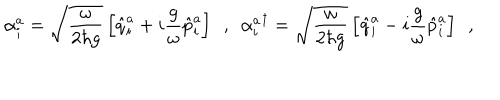
LaTeX: \alpha _ { i } ^ { a } = \sqrt { \frac { \omega } { 2 \hbar g } } \left[ \hat { q } _ { i } ^ { a } + i \frac { g } { \omega } \hat { p } _ { i } ^ { a } \right] \ \ , \ \ { \alpha _ { i } ^ { a } } ^ { \dagger } = \sqrt { \frac { \omega } { 2 \hbar g } } \left[ \hat { q } _ { i } ^ { a } - i \frac { g } { \omega } \hat { p } _ { i } ^ { a } \right] \ \ ,